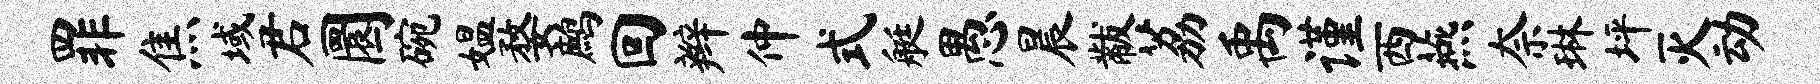
罪焦域君圜碗媪婺鹧回辫仲式艇愚晨黻荔禹谨西燕奈琳坪灭动